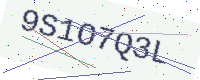
Text: 9S1O7Q3L